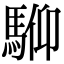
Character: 𩣍